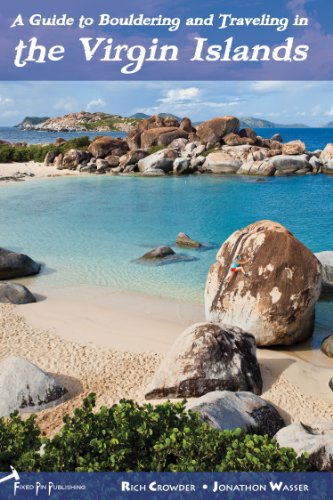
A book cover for Guide to Bouldering and Traveling in the Virgin Islands; Rich Crowder; Travel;